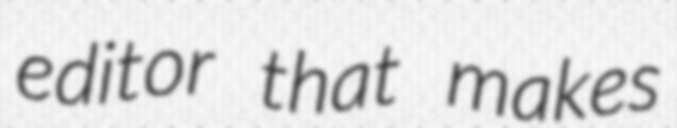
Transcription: editor that makes